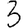
Digit: 3